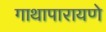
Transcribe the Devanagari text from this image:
गाथापारायणे